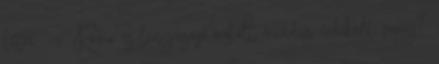
létre. - Róma és lenyűgöző örökölt mindig érdekelt vagy?